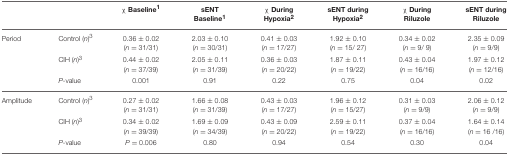
<table><thead><tr><td></td><td></td><td><b>χ Baseline<sup>1</sup></b></td><td><b>sENT Baseline<sup>1</sup></b></td><td><b>χ During Hypoxia<sup>2</sup></b></td><td><b>sENT during Hypoxia<sup>2</sup></b></td><td><b>χ During Riluzole</b></td><td><b>sENT during Riluzole</b></td></tr></thead><tbody><tr><td>Period</td><td>Control (<i>n</i>)<sup>3</sup></td><td>0.36 ± 0.02 (<i>n</i> = 31/31)</td><td>2.03 ± 0.10 (<i>n</i> = 30/31)</td><td>0.41 ± 0.03 (<i>n</i> = 17/27)</td><td>1.92 ± 0.10 (<i>n</i> = 15/ 27)</td><td>0.34 ± 0.02 (<i>n</i> = 9/ 9)</td><td>2.35 ± 0.09 (<i>n</i> = 9/9)</td></tr><tr><td></td><td>CIH (<i>n</i>)<sup>3</sup></td><td>0.44 ± 0.02 (<i>n</i> = 37/39)</td><td>2.05 ± 0.11 (<i>n</i> = 31/39)</td><td>0.36 ± 0.03 (<i>n</i> = 20/22)</td><td>1.87 ± 0.11 (<i>n</i> = 19/22)</td><td>0.43 ± 0.04 (<i>n</i> = 16/16)</td><td>1.97 ± 0.12 (<i>n</i> = 12/16)</td></tr><tr><td></td><td><i>P</i>-value</td><td>0.001</td><td>0.91</td><td>0.22</td><td>0.75</td><td>0.04</td><td>0.02</td></tr><tr><td>Amplitude</td><td>Control (<i>n</i>)<sup>3</sup></td><td>0.27 ± 0.02 (<i>n</i> = 31/31)</td><td>1.66 ± 0.08 (<i>n</i> = 31/39)</td><td>0.43 ± 0.03 (<i>n</i> = 17/27)</td><td>1.96 ± 0.12 (<i>n</i> = 15/27)</td><td>0.31 ± 0.03 (<i>n</i> = 9/9)</td><td>2.06 ± 0.12 (<i>n</i> = 9/9)</td></tr><tr><td></td><td>CIH (<i>n</i>)<sup>3</sup></td><td>0.34 ± 0.02 (<i>n</i> = 39/39)</td><td>1.69 ± 0.09 (<i>n</i> = 34/39)</td><td>0.43 ± 0.09 (<i>n</i> = 20/22)</td><td>2.59 ± 0.11 (<i>n</i> = 19/22)</td><td>0.37 ± 0.04 (<i>n</i> = 16/16)</td><td>1.64 ± 0.14 (<i>n</i> = 16 /16)</td></tr><tr><td></td><td><i>P</i>-value</td><td><i>P</i> = 0.006</td><td>0.80</td><td>0.94</td><td>0.54</td><td>0.30</td><td>0.04</td></tr></tbody></table>